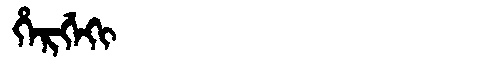
Manchu: ᡥᡝᡵᡤᡝᡴᡳ
Romanization: HERGEKI